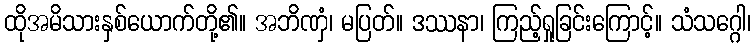
ထိုအမိသားနှစ်ယောက်တို့၏။ အဘိဏှံ၊ မပြတ်။ ဒဿနာ၊ ကြည့်ရှုခြင်းကြောင့်။ သံသဂ္ဂေါ၊